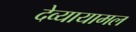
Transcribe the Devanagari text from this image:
देव्यायामल